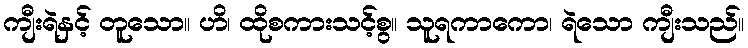
ကျီးရဲနှင့် တူသော။ ဟိ၊ ထိုစကားသင့်စွ။ သူရကာကော၊ ရဲသော ကျီးသည်။